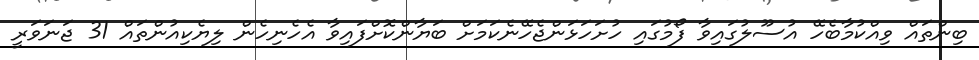
ބިންތައް ވިއްކުމާބެހޭ އުސޫލުގައިވާ ފޯމުގައި ހުށަހަޅަންޖެހޭނެކަމަށް ބަޔާންކޮށްފައިވާ އެހެނިހެން ލިޔެކިއުންތައް 31 ޖަނަވަރީ